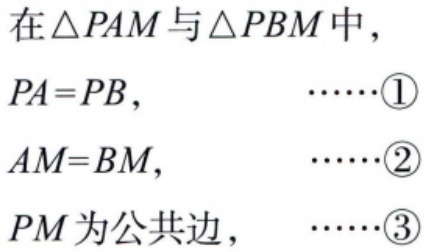
在\(\triangle PAM\)与\(\triangle PBM\)中，
\(PA = PB,\ \ \ \ \ \ \ \ \ \ \ \ \cdots\cdots\textcircled{1}\)
\(AM = BM,\ \ \ \ \ \ \ \ \ \ \ \ \cdots\cdots\textcircled{2}\)
\(PM\)为公共边, \(\ \ \ \ \ \cdots\cdots\textcircled{3}\)